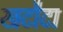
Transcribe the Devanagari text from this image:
खटौटा